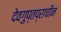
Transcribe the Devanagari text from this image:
देवगुप्तप्राचीन